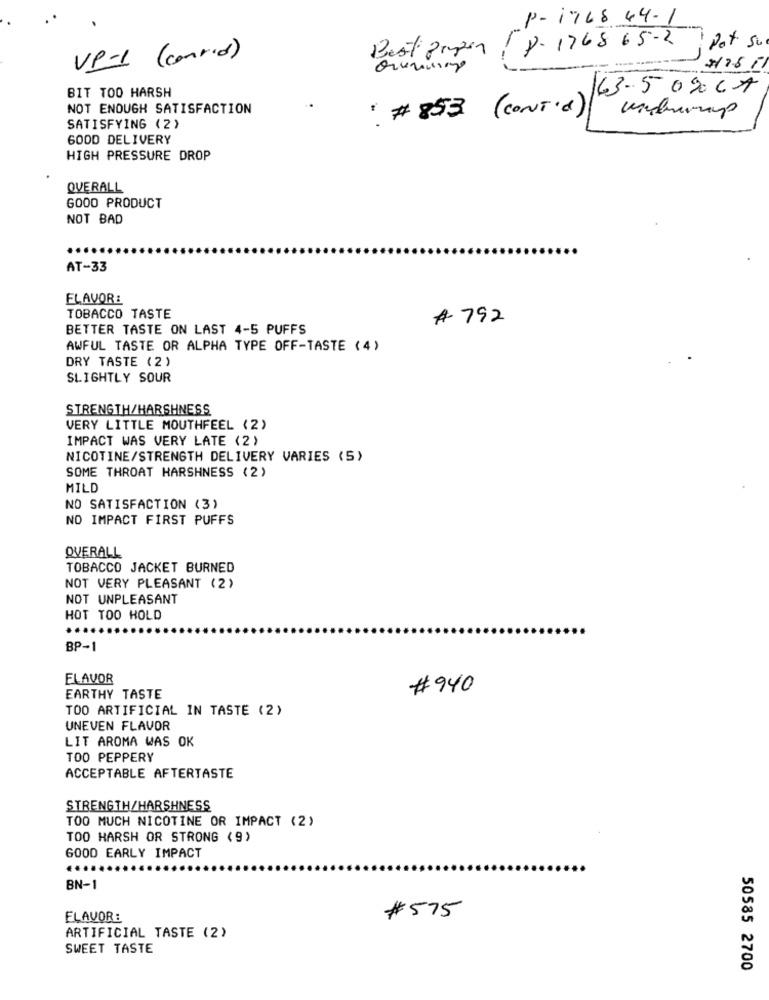
P- 1768 44- 1
1
8-1768 65- 2
Pot su
Besti Pimpen
VP-1 ( conrid)
---
BIT TOO HARSH
163-509061
NOT ENOUGH SATISFACTION
# 853 (CONT'd)
SATISFYING (2)
6000 DELIVERY
HIGH PRESSURE DROP
OVERALL
GOOD PRODUCT
NOT BAD
AT-33
FLAVOR:
TOBACCO TASTE
# 792
BETTER TASTE ON LAST 4-5 PUFFS
AWFUL TASTE OR ALPHA TYPE OFF-TASTE (4)
DRY TASTE (2)
SLIGHTLY SOUR
STRENGTH/HARSHNESS
VERY LITTLE MOUTHFEEL (2)
IMPACT WAS VERY LATE (2)
NICOTINE/STRENGTH DELIVERY VARIES (S)
SOME THROAT HARSHNESS (2)
MILD
NO SATISFACTION (3)
NO IMPACT FIRST PUFFS
OVERALL
TOBACCO JACKET BURNED
NOT VERY PLEASANT (2)
NOT UNPLEASANT
HOT TOO HOLD
BP-1
FLAVOR
# 940
EARTHY TASTE
TOO ARTIFICIAL IN TASTE (2)
UNEVEN FLAVOR
LIT AROMA WAS OK
TOO PEPPERY
ACCEPTABLE AFTERTASTE
STRENGTH/HARSHNESS
TOO MUCH NICOTINE OR IMPACT (2)
TOO HARSH OR STRONG (9)
GOOD EARLY IMPACT
BN-1
FLAVOR:
#575
ARTIFICIAL TASTE (2)
SWEET TASTE
50585 2700